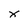
Character: X